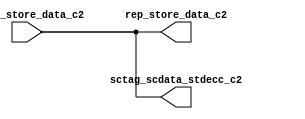
module sctag_stdatarep(
   rep_store_data_c2, sctag_scdata_stdecc_c2, 
   arbdp_store_data_c2
   );
input  [77:0]	arbdp_store_data_c2; 
output  [77:0]	rep_store_data_c2;  
output  [77:0]	sctag_scdata_stdecc_c2;  
assign	sctag_scdata_stdecc_c2 = arbdp_store_data_c2 ;
assign	rep_store_data_c2 = arbdp_store_data_c2 ;
endmodule